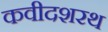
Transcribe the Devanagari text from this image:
कवीदशरथ